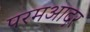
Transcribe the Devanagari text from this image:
परमआदर